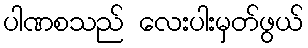
ပါဏစသည် လေးပါးမှတ်ဖွယ်